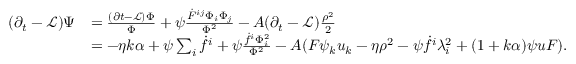
\begin{array} { r l } { ( \partial _ { t } - \mathcal { L } ) \Psi } & { = \frac { ( \partial t - \mathcal { L } ) \Phi } { \Phi } + \psi \frac { \dot { F } ^ { i j } \Phi _ { i } \Phi _ { j } } { \Phi ^ { 2 } } - A ( \partial _ { t } - \mathcal { L } ) \frac { \rho ^ { 2 } } { 2 } } \\ & { = - \eta k \alpha + \psi \sum _ { i } \dot { f } ^ { i } + \psi \frac { \dot { f } ^ { i } \Phi _ { i } ^ { 2 } } { \Phi ^ { 2 } } - A ( F \psi _ { k } u _ { k } - \eta \rho ^ { 2 } - \psi \dot { f } ^ { i } \lambda _ { i } ^ { 2 } + ( 1 + k \alpha ) \psi u F ) . } \end{array}